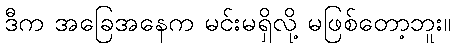
ဒီက အခြေအနေက မင်းမရှိလို့ မဖြစ်တော့ဘူး။